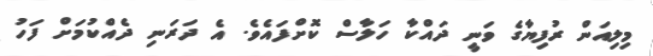
މިލިއަން ރުފިޔާގެ ވަނީ ދައްކާ ހަލާސް ކޮށްފައެވެ. އެ ދަރަނި ދެއްކުމަށް ފަހު